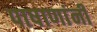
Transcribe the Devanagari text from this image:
पाषाणांनी